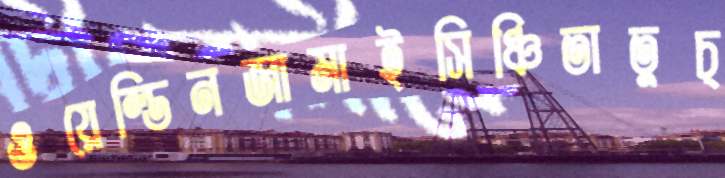
ওয়েল্ডিনজামাইসিঞ্চিতাতুচ্